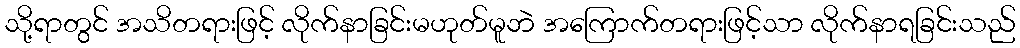
သို့ရာတွင် အသိတရားဖြင့် လိုက်နာခြင်းမဟုတ်မူဘဲ အကြောက်တရားဖြင့်သာ လိုက်နာရခြင်းသည်